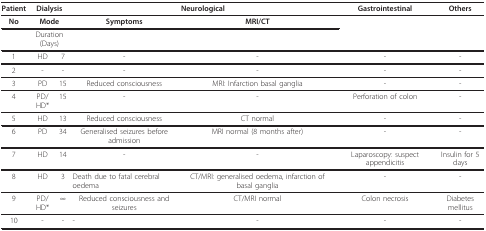
| Patient | <COLSPAN=2> Dialysis | <COLSPAN=2> Neurological | Gastrointestinal | Others |
 | No | <COLSPAN=2> Mode | Symptoms | MRI/CT |  |  |
 |  | <COLSPAN=2> Duration (Days) |  |  |  |  |
 | --- | --- | --- | --- | --- | --- | --- |
 | 1 | HD | 7 | - | - | - | - |
 | 2 | - | - | - | - | - | - |
 | 3 | PD | 15 | Reduced consciousness | MRI: Infarction basal ganglia | - | - |
 | 4 | PD/HD* | 15 | - | - | Perforation of colon | - |
 | 5 | HD | 13 | Reduced consciousness | CT normal | - | - |
 | 6 | PD | 34 | Generalised seizures before admission | MRI normal (8 months after) | - | - |
 | 7 | HD | 14 | - | - | Laparoscopy: suspect appendicitis | Insulin for 5 days |
 | 8 | HD | 3 | Death due to fatal cerebral oedema | CT/MRI: generalised oedema, infarction of basal ganglia | - | - |
 | 9 | PD/HD* | ∞ | Reduced consciousness and seizures | CT/MRI normal | Colon necrosis | Diabetes mellitus |
 | 10 | - | - | - | - | - | - |